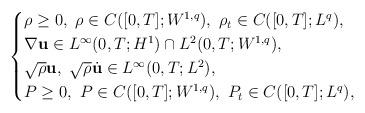
LaTeX: \begin{align*}\begin{cases}\rho\geq0,\ \rho\in C([0,T]; W^{1,q}),\ \rho_t\in C([0,T]; L^{q}), \\\nabla\mathbf{u}\in L^{\infty}(0,T; H^1)\cap L^2(0,T;W^{1,q}),\\\sqrt{\rho}\mathbf{u}, \ \sqrt{\rho}\dot{\mathbf{u}}\in L^{\infty}(0,T; L^2), \\P\geq0,\ P\in C([0,T];W^{1,q}),\ P_t\in C([0,T];L^{q}),\end{cases}\end{align*}